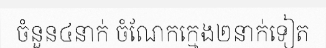
ចំនួន៤នាក់ ចំណែកក្មេង២នាក់ទៀត